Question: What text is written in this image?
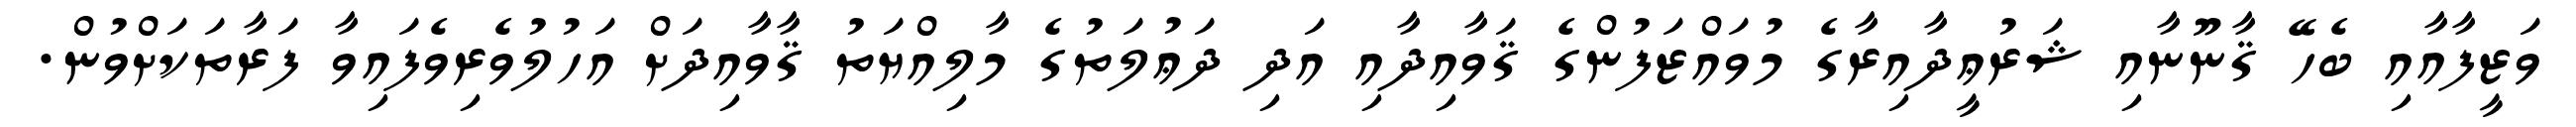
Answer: ވަޒީފާއާއި ބެހޭ ޤާނޫނާއި ޝަރުޢީދާއިރާގެ މުވައްޒަފުންގެ ޤަވާއިދާއި އަދި ދަޢުލަތުގެ މާލިއްޔަތު ޤާވާއިދަށް އަހުލުވެރިވެފައިވާ ފަރާތަކަށްވުން.